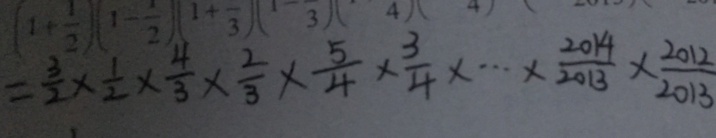
= \frac { 3 } { 2 } \times \frac { 1 } { 2 } \times \frac { 4 } { 3 } \times \frac { 2 } { 3 } \times \frac { 5 } { 4 } \times \frac { 3 } { 4 } \times \cdots \times \frac { 2 0 1 4 } { 2 0 1 3 } \times \frac { 2 0 1 2 } { 2 0 1 3 }